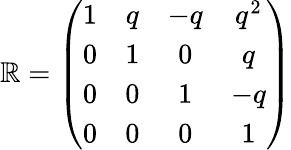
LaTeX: \mathbb{R}=\left(\begin{array}{cccc}{{1}}&{{q}}&{{-q}}&{{q^{2}}}\\ {{0}}&{{1}}&{{0}}&{{q}}\\ {{0}}&{{0}}&{{1}}&{{-q}}\\ {{0}}&{{0}}&{{0}}&{{1}}\end{array}\right)